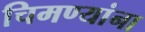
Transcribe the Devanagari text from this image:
चिमण्यांना